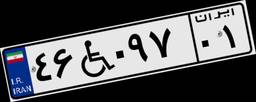
۴۶W۰۹۷۰۱